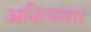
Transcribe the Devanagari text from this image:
अनित्यता।